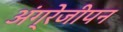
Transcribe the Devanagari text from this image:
अंग्रेजीपन